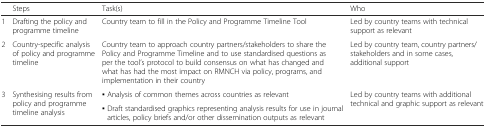
|  | Steps | Task(s) | Who |
 | --- | --- | --- | --- |
 | 1 | Drafting the policy and programme timeline | Country team to fill in the Policy and Programme Timeline Tool | Led by country teams with technical support as relevant |
 | 2 | Country-specific analysis of policy and programme timeline | Country team to approach country partners/stakeholders to share the Policy and Programme Timeline and to use standardised questions as per the tool’s protocol to build consensus on what has changed and what has had the most impact on RMNCH via policy, programs, and implementation in their country | Led by country team, country partners/stakeholders and in some cases, additional support |
 | <ROWSPAN=2> 3 | <ROWSPAN=2> Synthesising results from policy and programme timeline analysis | ▪ Analysis of common themes across countries as relevant | <ROWSPAN=2> Led by country teams with additional technical and graphic support as relevant |
 | ▪ Draft standardised graphics representing analysis results for use in journal articles, policy briefs and/or other dissemination outputs as relevant |